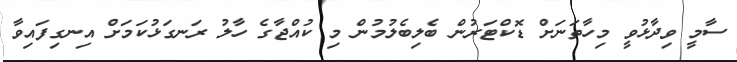
ސާމީ ވިދާޅުވީ މިހާތަނަށް ޑޮކްޓަރުން ބެލިބެލުމުން މި ކުއްޖާގެ ހާލު ރަނގަޅުކަމަށް އިނގިފައިވާ